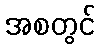
အစတွင်